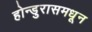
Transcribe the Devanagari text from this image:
होन्डुरासमधून